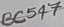
Text: BC547